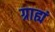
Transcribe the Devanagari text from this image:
ग्राह्यं